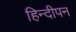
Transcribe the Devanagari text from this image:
हिन्दीपन